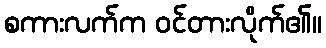
စကားလက်က ဝင်တားလိုက်၏။